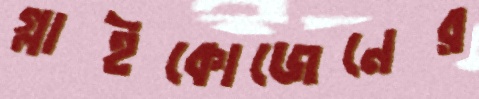
গ্লাইকোজেনের